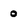
Character: 0